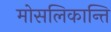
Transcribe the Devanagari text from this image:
मोसलिकान्ति